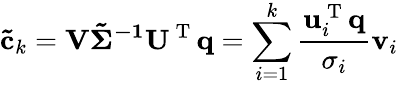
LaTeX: \mathbf{\tilde{c}}_{k}=\mathbf{V\tilde{\Sigma}^{-1}U^{\mathrm{~T~}}q}=\sum_{i=1}^{k}\frac{\mathbf{u}_{i}^{\mathrm{~T~}}\mathbf{q}}{\sigma_{i}}\mathbf{v}_{i}